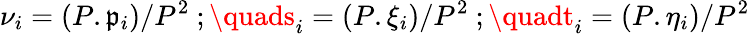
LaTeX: {\nu}_{i}=(P.\mathfrak{p}_{i})/P^{2}\ ;\quads_{i}=(P.\xi_{i})/P^{2}\ ;\quadt_{i}=(P.\eta_{i})/P^{2}